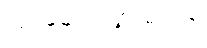
လုပ်ဆောင်သွားမည်ဟု